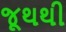
જૂથથી